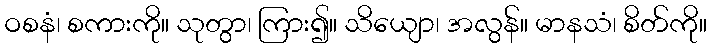
ဝစနံ၊ စကားကို။ သုတွာ၊ ကြား၍။ သိယျော၊ အလွန်။ မာနသံ၊ စိတ်ကို။